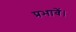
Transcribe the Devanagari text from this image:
प्रभावें।